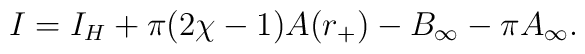
I = I_H + \pi(2\chi -1) A(r_+) -B_{\infty} - \pi A_{\infty}.